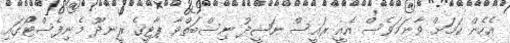
އެހެން ކަމަށް ވާނަމަވެސް އެއީ ރައީސް ނަޝީދު ނިސްބަތްވާ ޕާޓީގެ ރީނދޫ މެނިފެސްޓޯގައި